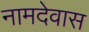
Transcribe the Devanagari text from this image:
नामदेवास